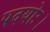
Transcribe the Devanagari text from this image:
पदयोः।